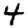
Digit: 4